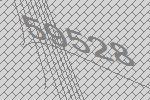
59528